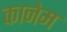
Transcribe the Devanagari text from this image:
कानेम